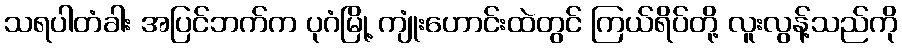
သရပါတံခါး အပြင်ဘက်က ပုဂံမြို့ ကျုံးဟောင်းထဲတွင် ကြယ်ရိပ်တို့ လူးလွန့်သည်ကို